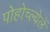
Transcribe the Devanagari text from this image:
पोहोच्ल्येलें